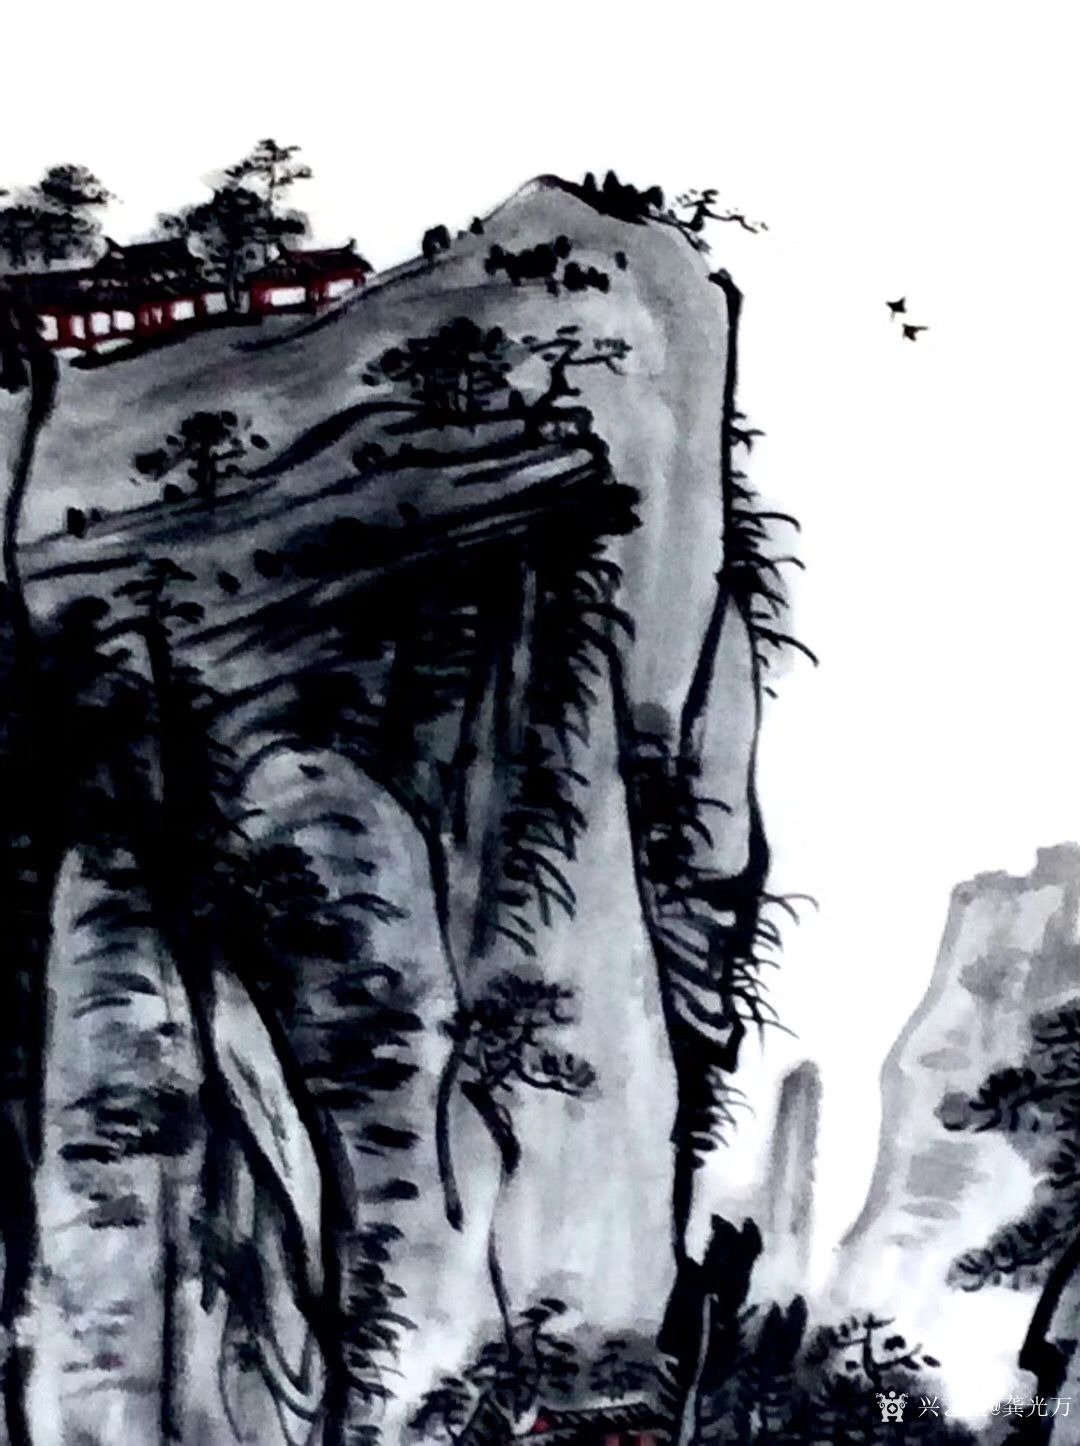
竹怜新雨后，山爱夕阳时。